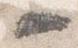
一